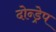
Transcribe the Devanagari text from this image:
दोन्ड्रेप